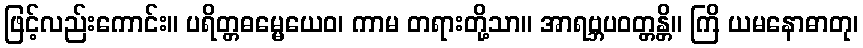
ဖြင့်လည်းကောင်း။ ပရိတ္တဓမ္မေယေဝ၊ ကာမ တရားတို့သာ။ အာရဗ္ဘပဝတ္တန္တိ။ ကြိ ယမနောဓာတု၊